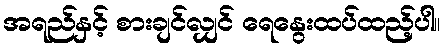
အရည်နှင့် စားချင်လျှင် ရေနွေးထပ်ထည့်ပါ။